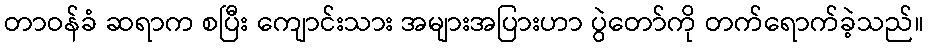
တာဝန်ခံ ဆရာက စပြီး ကျောင်းသား အများအပြားဟာ ပွဲတော်ကို တက်ရောက်ခဲ့သည်။